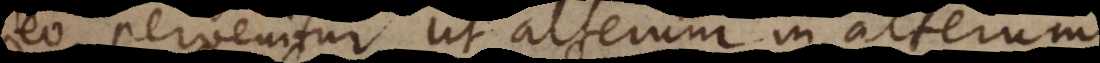
eo pervenitur ut alterum in alterum